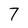
Character: 7